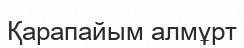
Қарапайым алмұрт